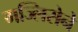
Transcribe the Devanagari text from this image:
मज्लिसेने